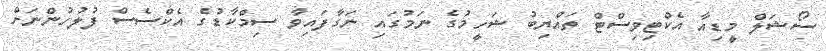
ސޯޝަލް މީޑިއާ އެކްޓިވިސްޓް ތައްޔިބު ޝަހީމުގެ ނަމުގައި ނަގާފައިވާ ސިމްކާޑުގެ އެކްސެސް ފުލުހުންނަށް